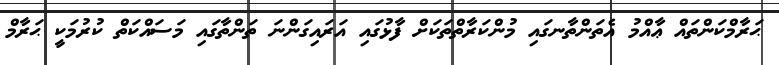
ޙަރާމްކަންތައް ޢާއްމު އެތަންތާނގައި މުންކަރާތްތަކަށް ފާޅުގައި އަރައިގަންނަ ތަންތާގައި މަސައްކަތް ކުރުމަކީ ޙަރާމް